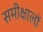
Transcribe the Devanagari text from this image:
समीक्षालों